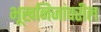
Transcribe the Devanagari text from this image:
भूखनिजांवरील